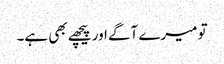
تو میرے آگے اور پیچھے بھی ہے۔